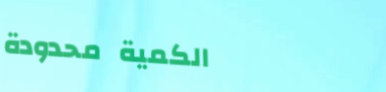
الكمية محدودة